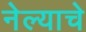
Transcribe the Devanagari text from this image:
नेल्याचे